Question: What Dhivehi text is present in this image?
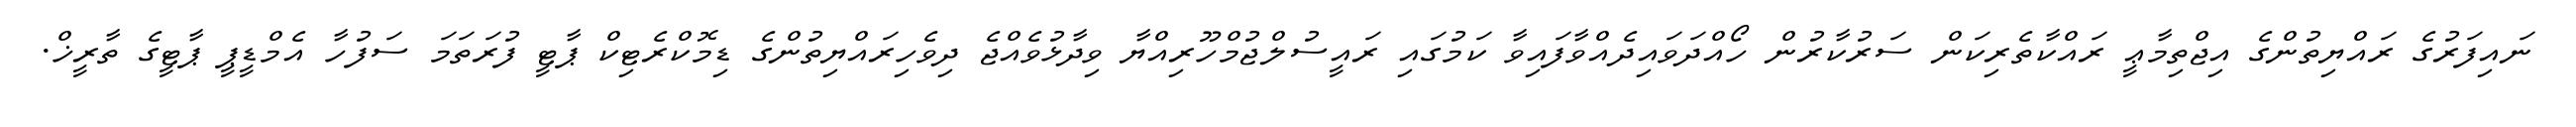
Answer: ނައިފަރުގެ ރައްޔިތުންގެ އިޖްތިމާޢީ ރައްކާތެރިކަން ސަރުކާރުން ހޯއްދަވައިދެއްވާފައިވާ ކަމުގައި ރައީސުލްޖުމްހޫރިއްޔާ ވިދާޅުވެއްޖެ ދިވެހިރައްޔިތުންގެ ޑިމޮކްރެޓިކް ޕާޓީ ފުރަތަމަ ސަފުހާ އެމްޑީޕީ ޕާޓީގެ ތާރީޚް.